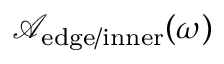
\mathcal { A } _ { \mathrm { e d g e / i n n e r } } ( \omega )